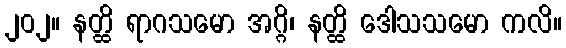
၂၀၂။ နတ္ထိ ရာဂသမော အဂ္ဂိ၊ နတ္ထိ ဒေါသသမော ကလိ။